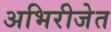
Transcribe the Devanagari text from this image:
अभिरीजेत